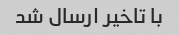
با تاخیر ارسال شد